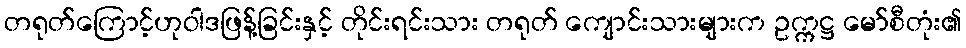
တရုတ်ကြောင့်ဟုဝါဒဖြန့်ခြင်းနှင့် တိုင်းရင်းသား တရုတ် ကျောင်းသားများက ဥက္ကဋ္ဌ မော်စီတုံး၏